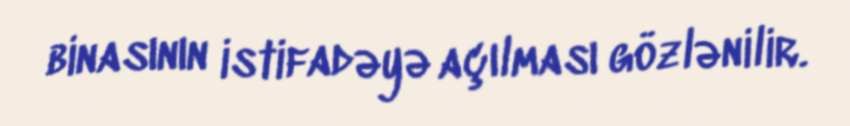
binasının istifadəyə açılması gözlənilir.